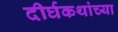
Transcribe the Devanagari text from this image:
दीर्घकथांच्या